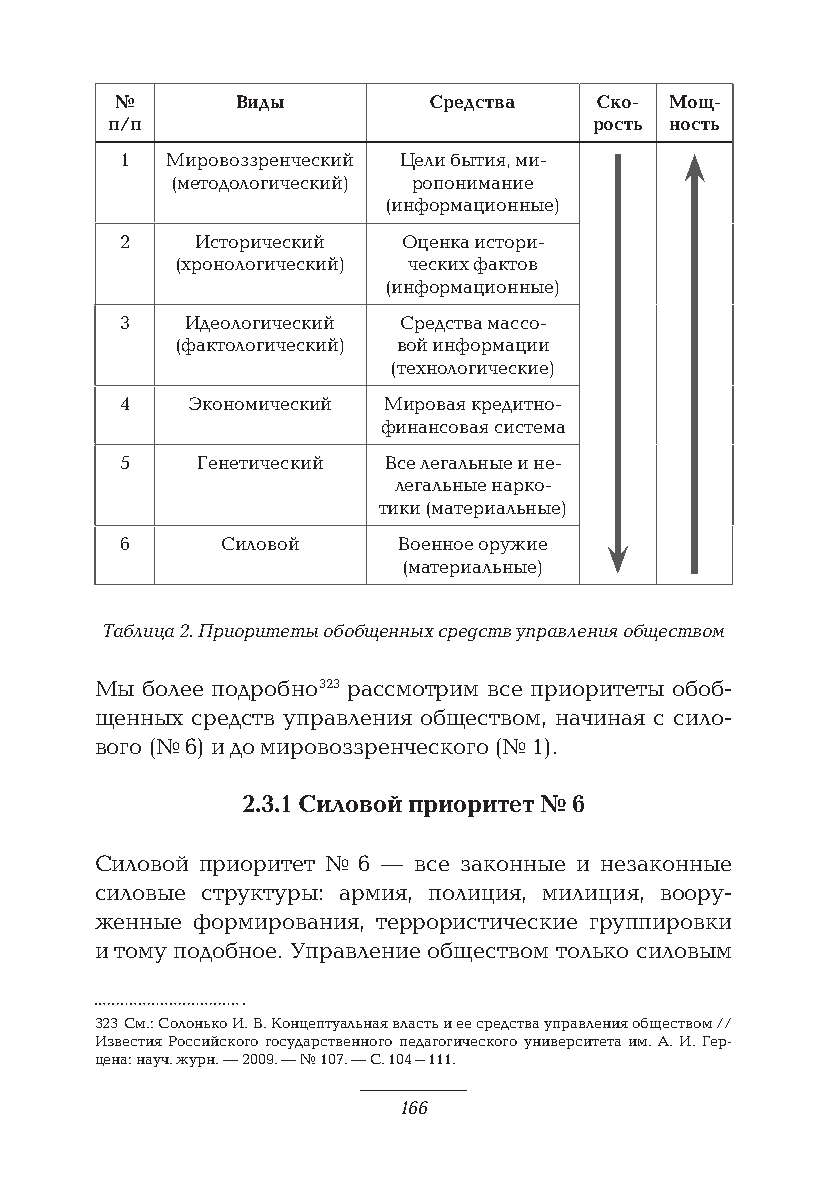
№       Виды         Средства   Ско- Мощ-
 п/п                             рость ность
 1  Мировоззренческий Цели бытия, ми-
 (методологический) ропонимание
 (информационные)
 2    Исторический  Оценка истори-
 (хронологический) ческих фактов
 (информационные)
 3   Идеологический Средства массо-
 (фактологический) вой информации
 (технологические)
 4   Экономический Мировая кредитно-
 финансовая система
 5    Генетический Все легальные и не-
 легальные нарко-
 тики (материальные)
 6      Силовой    Военное оружие
 (материальные)
 Таблица 2. Приоритеты обобщенных средств управления обществом
 Мы более подробно 323 рассмотрим все приоритеты обоб-
 щенных средств управления обществом, начиная с сило-
 вого (№ 6) и до мировоззренческого (№ 1).
 2.3.1 Силовой приоритет № 6
 Силовой приоритет № 6 — все законные и незаконные
 силовые структуры: армия, полиция, милиция, воору-
 женные формирования, террористические группировки
 и тому подобное. Управление обществом только силовым
 323 См.: Солонько И. В. Концептуальная власть и ее средства управления обществом //
 Известия Российского государственного педагогического университета им. А. И. Гер-
 цена: науч. журн. — 2009. — № 107. — С. 104–111.
 166